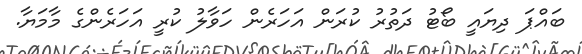
ބައްޕަ ދިޔައީ ބޯޓު ދަތުރު ކުރަން އަހަރެން ހަވާލު ކުރީ އަހަރެންގެ މާމަޔާ.